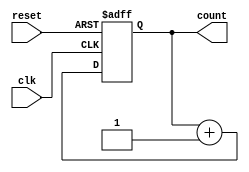
module synchronous_counter (
    input wire clk,
    input wire reset,
    output reg [3:0] count
);

always @(posedge clk or posedge reset) begin
    if (reset) begin
        count <= 4'b0000;
    end else begin
        count <= count + 4'b0001;
    end
end

endmodule